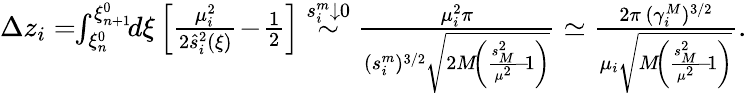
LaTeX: \begin{array}{r}{\Delta z_{i}=\! \! \int_{\xi_{n}^{0}}^{\xi_{n+1}^{0}}\! \! d\xi\left[\frac{\mu_{i}^{2}}{2\hat{s}_{i}^{2}(\xi)}\! -\! \frac 12\right]\stackrel{s_{i}^{m}\downarrow 0}{\sim}\frac{\mu_{i}^{2}\pi}{(s_{i}^{m})^{3/2}\sqrt{2M\! \left(\frac{s_{{\scriptscriptstyle M}}^{2}}{\mu^{2}}\! -\! 1\right)}}\simeq\frac{2\pi\, (\gamma_{i}^{{\scriptscriptstyle M}})^{3/2}}{\mu_{i}\sqrt{M\! \left(\frac{s_{{\scriptscriptstyle M}}^{2}}{\mu^{2}}\! -\! 1\right)}}.}\end{array}